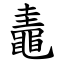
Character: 鼃